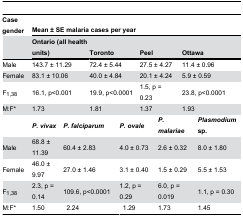
| Case gender | <COLSPAN=8> Mean ± SE malaria cases per year |
 |  | <COLSPAN=2> Ontario (all health units) | <COLSPAN=2> Toronto | <COLSPAN=2> Peel | <COLSPAN=2> Ottawa |
 | --- | --- | --- | --- | --- | --- | --- | --- | --- |
 | Male | <COLSPAN=2> 143.7 ± 11.29 | <COLSPAN=2> 72.4 ± 5.44 | <COLSPAN=2> 27.5 ± 4.27 | <COLSPAN=2> 11.4 ± 0.96 |
 | Female | <COLSPAN=2> 83.1 ± 10.06 | <COLSPAN=2> 40.0 ± 4.84 | <COLSPAN=2> 20.1 ± 4.24 | <COLSPAN=2> 5.9 ± 0.59 |
 | F1,38 | <COLSPAN=2> 16.1, p<0.001 | <COLSPAN=2> 19.9, p<0.0001 | <COLSPAN=2> 1.5, p = 0.23 | <COLSPAN=2> 23.8, p<0.0001 |
 | M:F* | <COLSPAN=2> 1.73 | <COLSPAN=2> 1.81 | <COLSPAN=2> 1.37 | <COLSPAN=2> 1.93 |
 |  | P. vivax | <COLSPAN=2> P. falciparum | <COLSPAN=2> P. ovale | <COLSPAN=2> P. malariae | Plasmodium sp. |
 | Male | 68.8 ± 11.39 | <COLSPAN=2> 60.4 ± 2.83 | <COLSPAN=2> 4.0 ± 0.73 | <COLSPAN=2> 2.6 ± 0.32 | 8.0 ± 1.80 |
 | Female | 46.0 ± 9.97 | <COLSPAN=2> 27.0 ± 1.46 | <COLSPAN=2> 3.1 ± 0.40 | <COLSPAN=2> 1.5 ± 0.29 | 5.5 ± 1.53 |
 | F1,38 | 2.3, p = 0.14 | <COLSPAN=2> 109.6, p<0.0001 | <COLSPAN=2> 1.2, p = 0.29 | <COLSPAN=2> 6.0, p = 0.019 | 1.1, p = 0.30 |
 | M:F* | 1.50 | <COLSPAN=2> 2.24 | <COLSPAN=2> 1.29 | <COLSPAN=2> 1.73 | 1.45 |